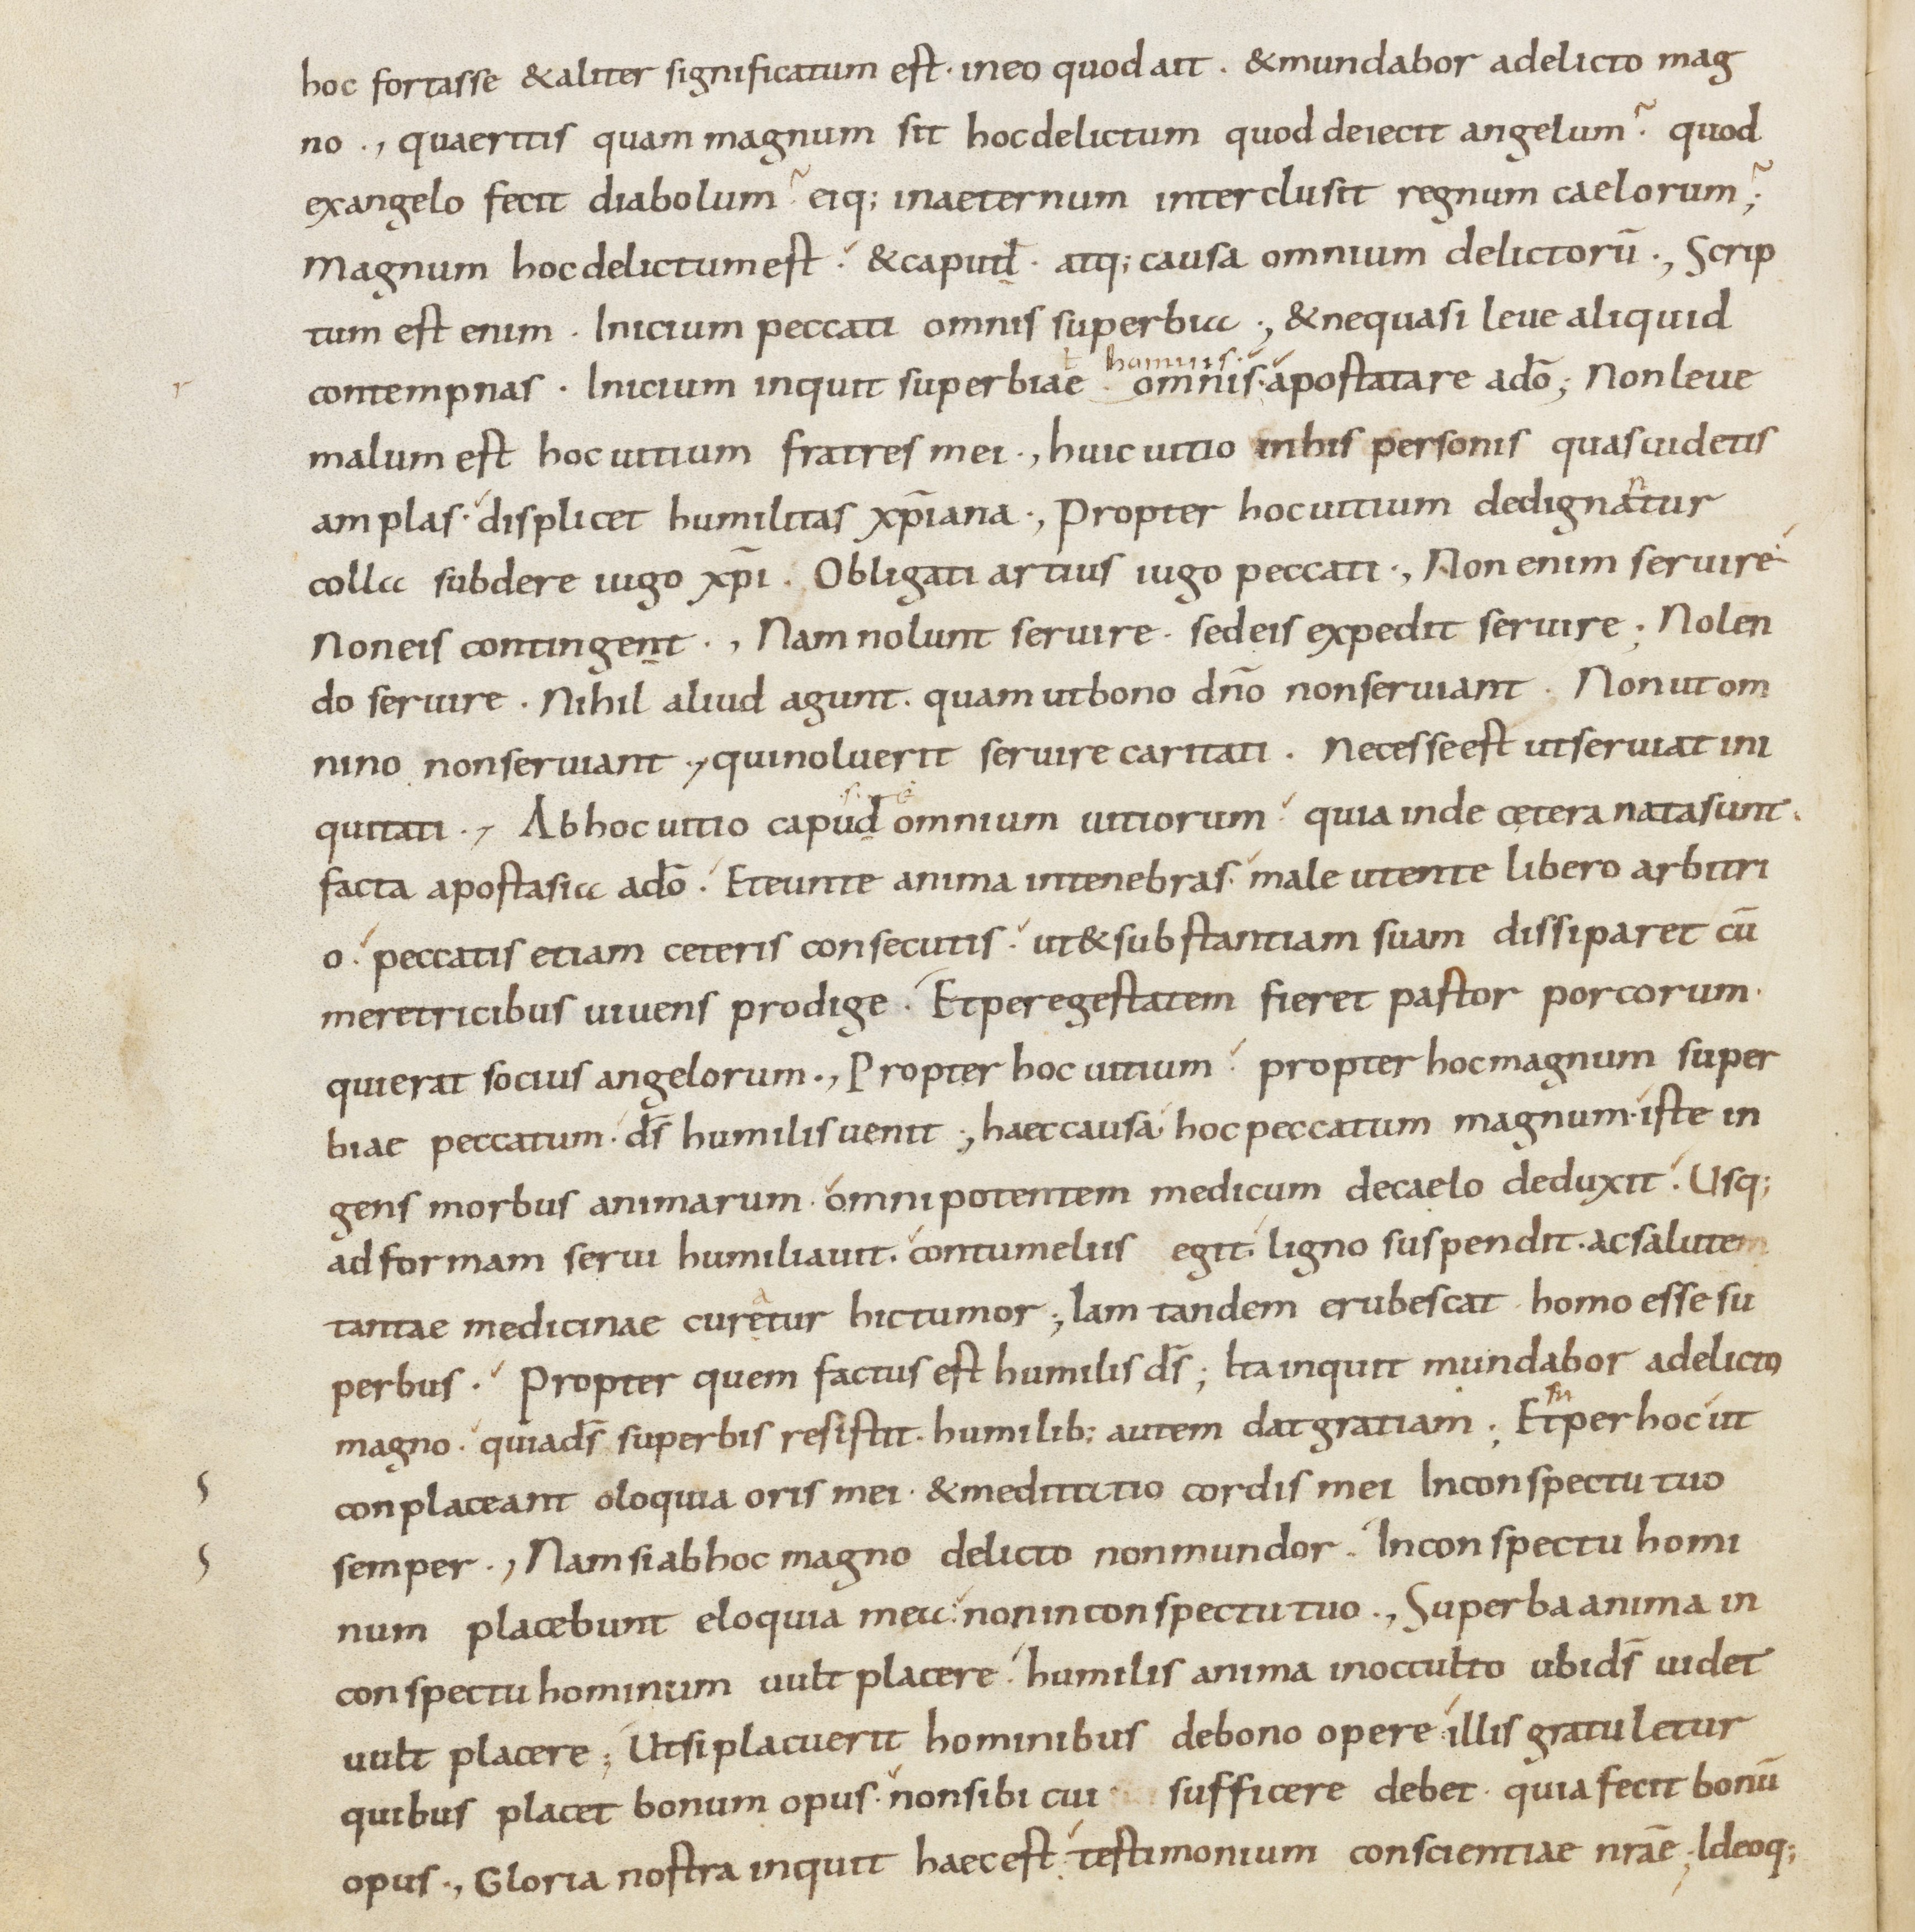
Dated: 800–899